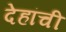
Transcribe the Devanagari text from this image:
देहांची